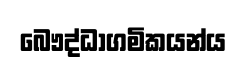
බෞද්ධාගමිකයන්ය